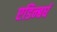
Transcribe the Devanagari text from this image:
एडिन्बर्घ